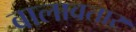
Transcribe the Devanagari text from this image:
बालावतार